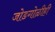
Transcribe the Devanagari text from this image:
जोडगोळीही